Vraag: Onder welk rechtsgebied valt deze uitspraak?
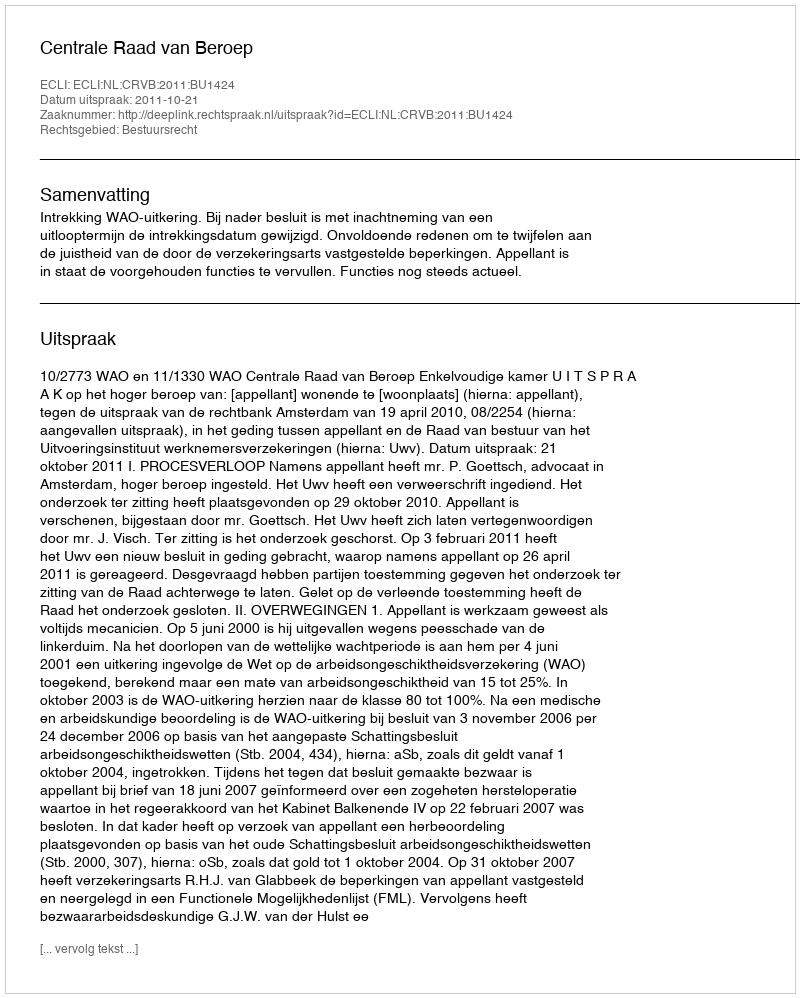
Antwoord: Bestuursrecht